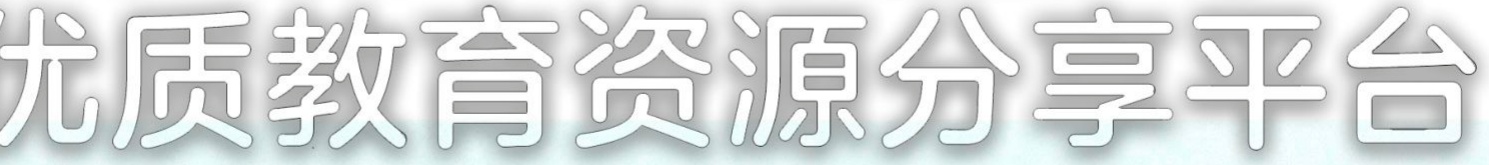
优质教育资源分享平台